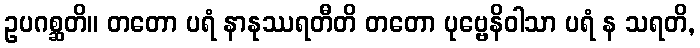
ဥပဂစ္ဆတိ။ တတော ပရံ နာနုဿရတီတိ တတော ပုဗ္ဗေနိဝါသာ ပရံ န သရတိ,